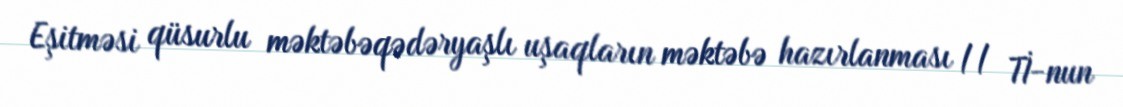
Eşitməsi qüsurlu məktəbəqədəryaşlı uşaqların məktəbə hazırlanması // Tİ-nun